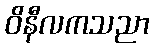
ဝိနီလကသညာ